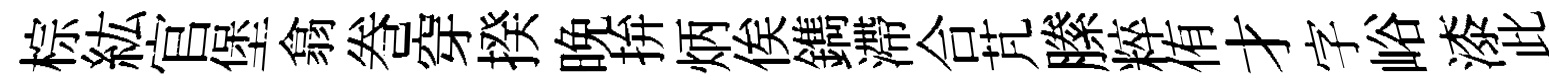
棕紘官堡翕巻穿揆晚拚炳俟鐫滯合芃縢粹侑才字峪漆此